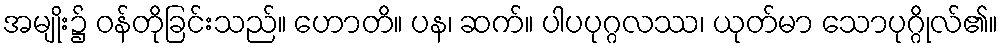
အမျိုး၌ ဝန်တိုခြင်းသည်။ ဟောတိ။ ပန၊ ဆက်။ ပါပပုဂ္ဂလဿ၊ ယုတ်မာ သောပုဂ္ဂိုလ်၏။